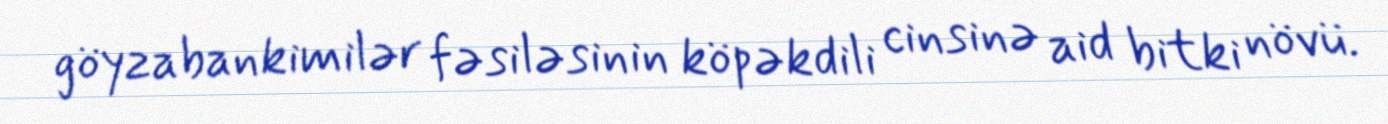
göyzabankimilər fəsiləsinin köpəkdili cinsinə aid bitki növü.